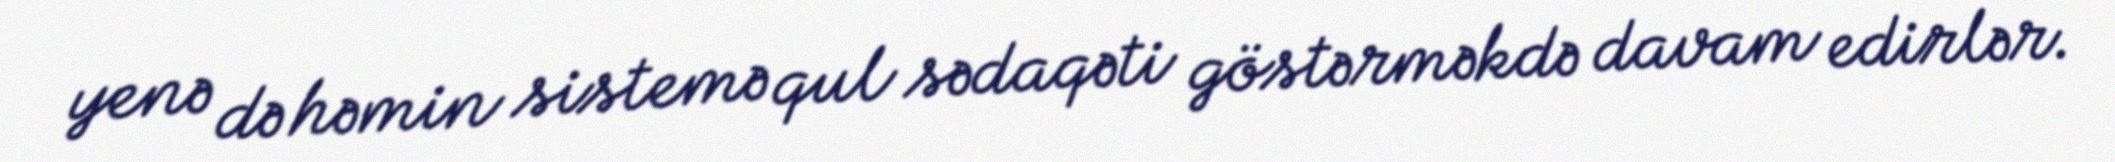
yenə də həmin sistemə qul sədaqəti göstərməkdə davam edirlər.